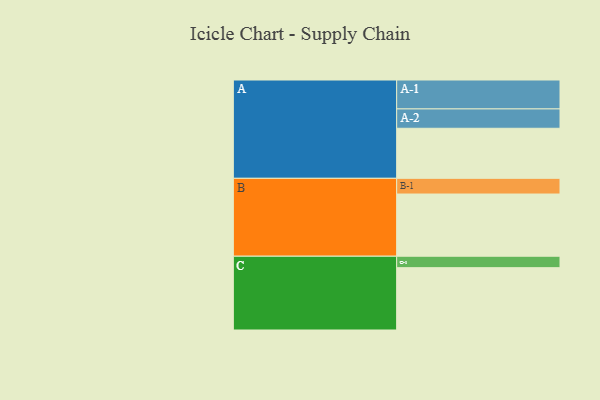
{"axis": {"x": "Segment", "y": "Value"}, "legend": ["", "A", "B", "C"], "data": [{"x": "A", "y": 424, "type": ""}, {"x": "B", "y": 527, "type": ""}, {"x": "C", "y": 528, "type": ""}, {"x": "A-1", "y": 245, "type": "A"}, {"x": "A-2", "y": 164, "type": "A"}, {"x": "B-1", "y": 133, "type": "B"}, {"x": "C-1", "y": 97, "type": "C"}]}